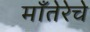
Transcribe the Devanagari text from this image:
माँतेरेचे